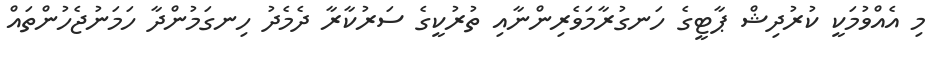
މި އެއްވުމަކީ ކުރުދިޝް ޕާޓީގެ ހަނގުރާމަވެރިންނާއި ތުރުކީގެ ސަރުކާރާ ދެމެދު ހިނގަމުންދާ ހަމަނުޖެހުންތައް